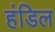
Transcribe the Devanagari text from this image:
हंडिल